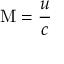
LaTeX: \mathrm { M } = { \frac { u } { c } }